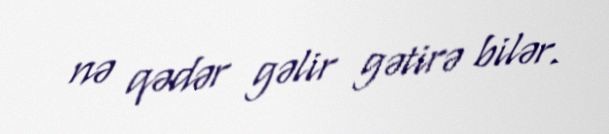
nə qədər gəlir gətirə bilər.